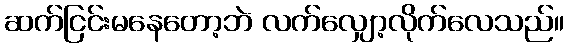
ဆက်ငြင်းမနေတော့ဘဲ လက်လျှော့လိုက်လေသည်။